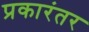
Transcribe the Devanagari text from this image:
प्रकारंतर